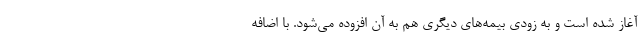
آغاز شده است و به زودی بیمه‌های دیگری هم به آن افزوده می‌شود. با اضافه